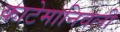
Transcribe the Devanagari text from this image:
काटेमानिवली